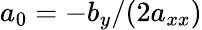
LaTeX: a_{0}=-b_{y}/(2a_{xx})